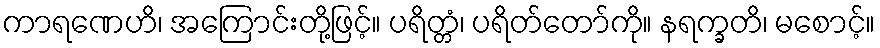
ကာရဏေဟိ၊ အကြောင်းတို့ဖြင့်။ ပရိတ္တံ၊ ပရိတ်တော်ကို။ နရက္ခတိ၊ မစောင့်။